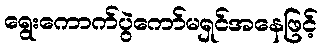
ရွေးကောက်ပွဲကော်မရှင်အနေဖြင့်